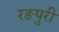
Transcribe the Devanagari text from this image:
रङपुरी